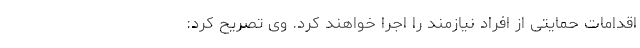
اقدامات حمایتی از افراد نیازمند را اجرا خواهند کرد. وی تصریح کرد: